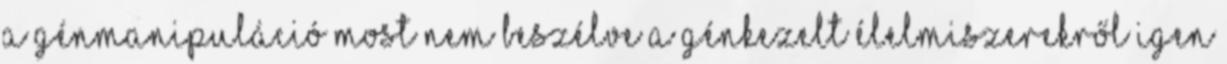
a génmanipuláció most nem beszélve a génkezelt élelmiszerekről igen